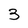
Character: 3